Serum-therapy of plague in India - Number 20
Disease focus: Plague
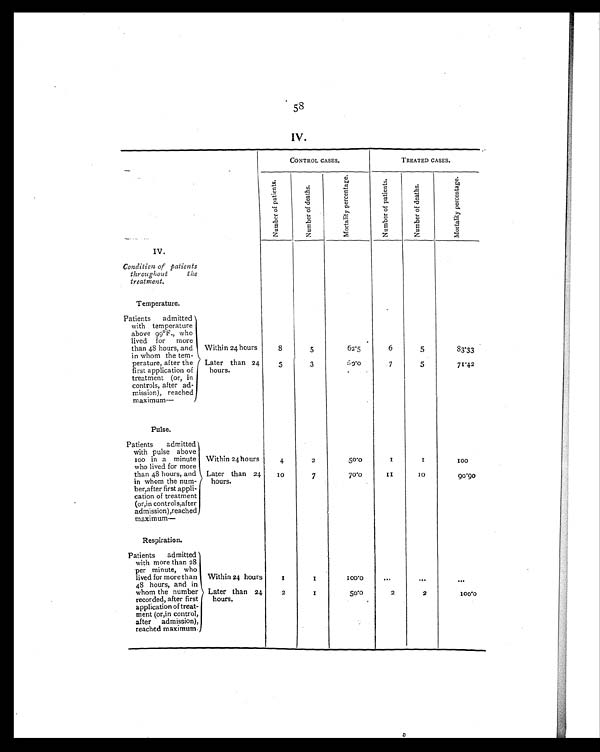
58
IV.
CONTROL CASES.
TREATED CASES.
N u m b e r o f p a t i e n t s .
N u m b e r o f d e a t h s .
M o r t a l i t y p e r c e n t a g e .
N u m b e r o f p a t i e n t s .
N u m b e r o f d e a t h s .
M o r t a l i t y p e r c e n t a g e .
IV.
Condition of patients
throughout the
treatment.
Temperature.
Patients admitted
with temperature
above 99°F., who
lived for more
than 48 hours, and
in whom the tem-
perature, after the
first application of
treatment (or, in
controls, after ad-
mission), reached
maximum—
Within 24 hours
8
5
62.5
6
5
83.33
Later than 24
hours.
5
3
6 0 . 0
7
5
71.42
Pulse.
Patients admitted
with pulse above
100 i n a mi nut e
who lived for more
than 48 hours, and
in whom the num-
ber, after first appli-
cation of treatment
(or,in controls,after
admission), reached
maximum—
Within 24 hours
4
2
50.0
1
1
1 0 0
Later than 24
hours.
10
7
70.0
1 1
10
90.90
Respiration.
Patients admitted
with more than 28
per minute, who
lived for more than
48 hours, and in
whom the number
recorded, after first
application of treat-
ment (or,in control,
after admission),
reached maximum.
Within 24 hours
1
1
1 0 0 . 0 . . .
. . .
...
Later than 24
hours.
2
1
50.0
2
2
1 0 0 . 0